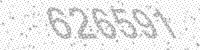
Solution: 626591